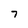
Character: 7